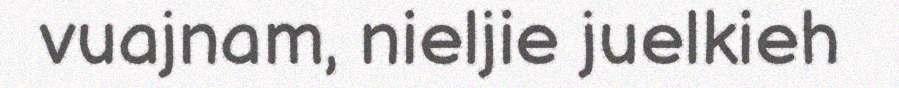
vuajnam, nieljie juelkieh